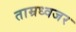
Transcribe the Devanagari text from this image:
ताम्रध्वजर